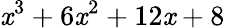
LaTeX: \mathit{x}^{3}+6\mathit{x}^{2}+12\mathit{x}+8